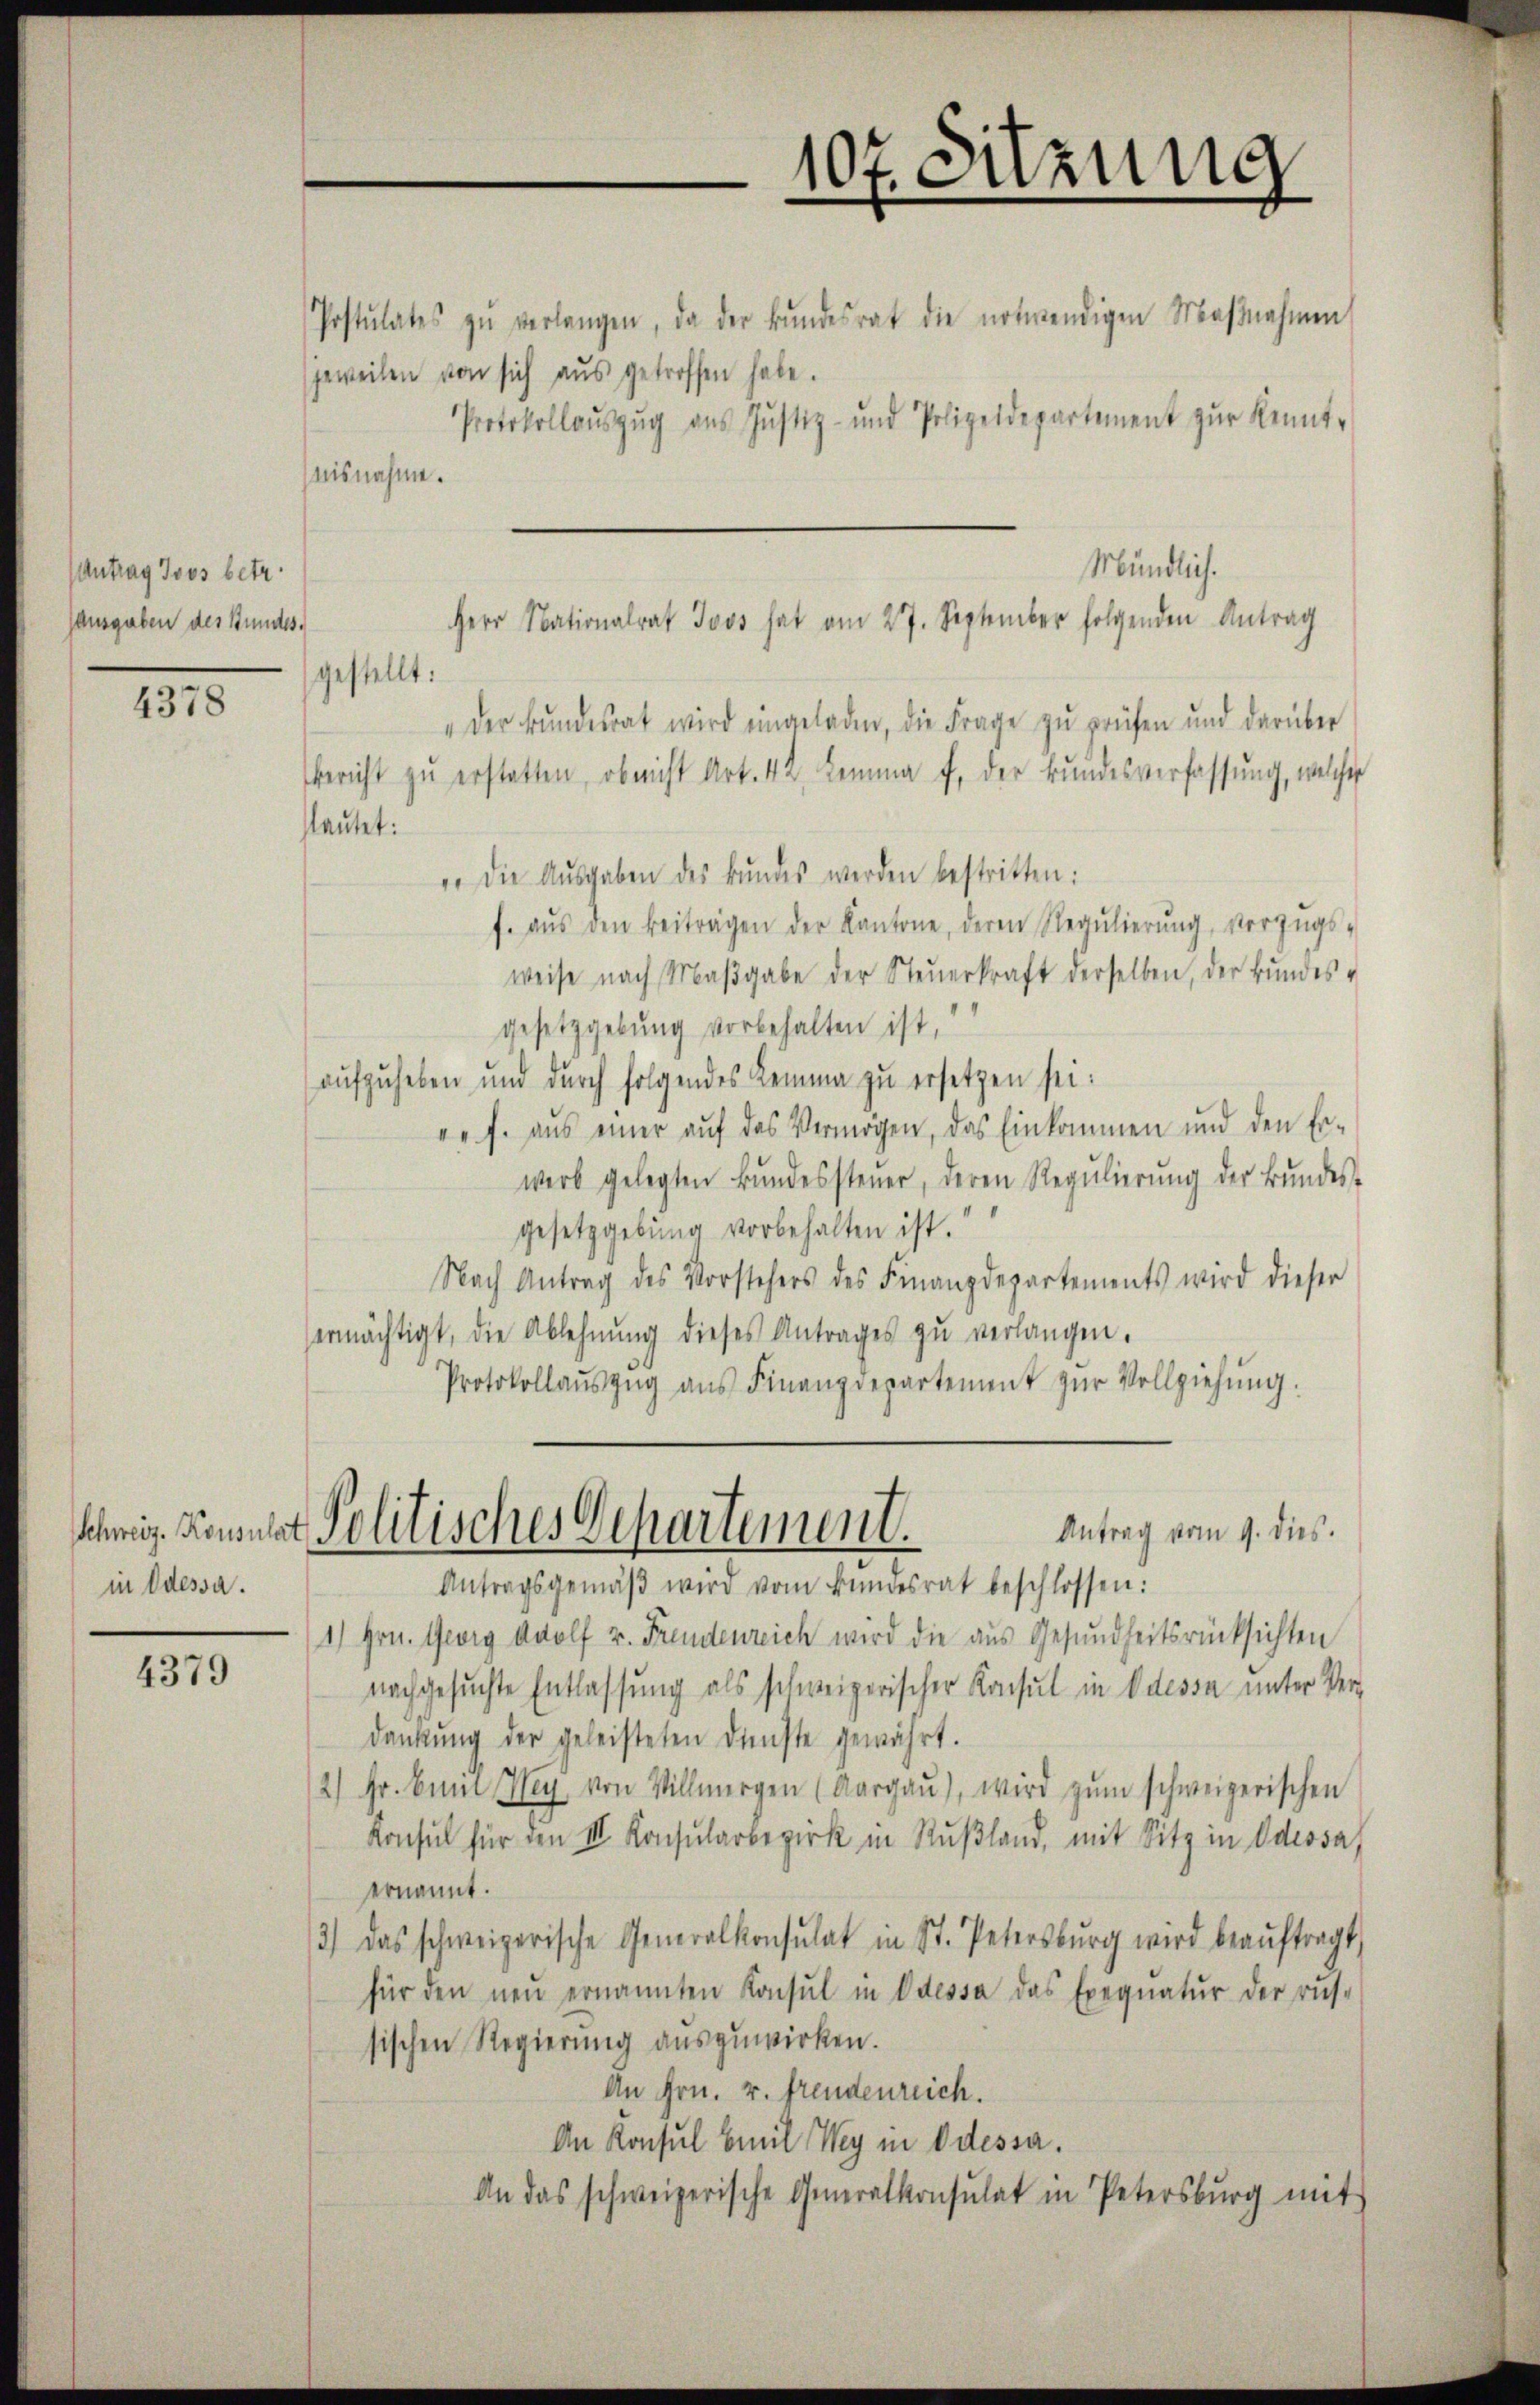
Antrag Joos betr.
ausgaben des Stundes.

4378

Schweiz. Konsulat
in Odessa.

4379

Postulates zŭ verlangen, da der Bŭndesrat die notwendigen Maβnahmen
jeweilen von sich aus getroffen habe.
Protokollaŭszŭg ans Justiz- und Polizeidepartement zŭr Kennt-
aisnahme.
gestellt:
"der Bŭndesrat wird eingeladen, die Frage zŭ prüfen und darüber
Bericht zŭ erstatten, ob nicht Art. 42. Lemma f, der Bundesverfassung, welcher
lautet:
. die Aŭsgaben des Bŭndes werden bestritten:
f. aŭs den Beiträgen der Kantone, deren Regŭlierŭng, vorzŭgs-
weise nach Maβgabe der Steŭerkraft derselben, der Bundes-
gesetzgebung vorbehalten ist,
aufzuheben und durch folgendes Lemma zŭ ersetzen sei.
vr. f. aŭs einer aŭf das Vermögen, das Einkommen und den Er-
werb gelegten Bŭndessteŭer, deren Regŭlierŭng der Bŭndes-
gesetzgebung vorbehalten ist.
Nach Antrag des Vorstehers des Finanzdepartements wird dieser
ermächtigt, die Ablehnŭng dieses Antrages zŭ verlangen.
Protokollaŭszŭg aŭs Finanzdepartement zŭr Vollziehŭng.
Antrag vom 9. dies.
Politisches Departement.
Antragsgemäβ wird vom Bundesrat beschlossen:
1) Hrn. Georg Adolf v. Freudenreich wird die aus Gesundheitsrücksichten
nachgesuchte Entlassung als schweizerischer Konsul in Odessa unter Ver-
dankŭng der geleisteten dünste gewährt.
2) Fr. Eine Ney von Villmergen (Aargaŭ), wird zŭm schweizerischen
Konsul für den III. Konsularbezirk in Rußland, mit Sitz in Odessa
ernannt.
3) das schweizerische Generalkonsulat in St. Petersburg wird beaŭftragt,
für den neŭ ernannten Konsul in Odessa das Exequatŭr der rus-
sischen Regierung auszuwirken.
An Hrn. v. fremdenreich.
An Konsul Emil Wey in Odessa.
An das schweizerische Generalkonsulat in Petersburg mit

107. Sitzung
n

Mündlich.
Herr Nationalrat Joos hat am 27. September folgenden Antrag